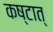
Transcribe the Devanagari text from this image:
कष्टात्